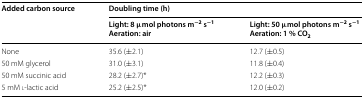
<table><thead><tr><td rowspan="2"><b>Added carbon source</b></td><td colspan="2"><b>Doubling time (h)</b></td></tr><tr><td><b>Light: 8 μmol photons m<sup>−2</sup> s<sup>−1</sup>Aeration: air</b></td><td><b>Light: 50 μmol photons m<sup>−2</sup> s<sup>−1</sup>Aeration: 1 % CO<sub>2</sub></b></td></tr></thead><tbody><tr><td>None</td><td>35.6 (±2.1)</td><td>12.7 (±0.5)</td></tr><tr><td>50 mM glycerol</td><td>31.0 (±3.1)</td><td>11.8 (±0.4)</td></tr><tr><td>50 mM succinic acid</td><td>28.2 (±2.7)*</td><td>12.2 (±0.3)</td></tr><tr><td>5 mM l-lactic acid</td><td>25.2 (±2.5)*</td><td>12.0 (±0.2)</td></tr></tbody></table>